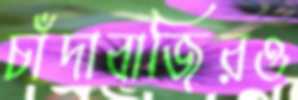
চাঁদাবাজিরও